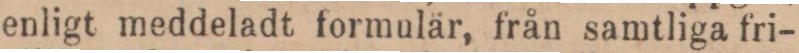
enligt meddeladt formulär, från samtliga fri-